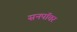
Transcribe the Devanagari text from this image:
सनपॉवर